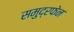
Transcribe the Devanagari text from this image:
समुद्रफेन